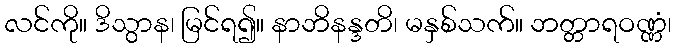
လင်ကို။ ဒိသွာန၊ မြင်ရ၍။ နာဘိနန္ဒတိ၊ မနှစ်သက်။ ဘတ္တာရဝဏ္ဏံ၊